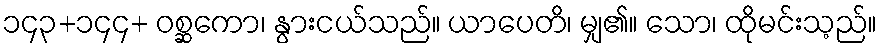
၁၄၃+၁၄၄+ ဝစ္ဆကော၊ နွားငယ်သည်။ ယာပေတိ၊ မျှ၏။ သော၊ ထိုမင်းသ့ည်။